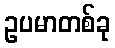
ဥပမာတစ်ခု